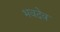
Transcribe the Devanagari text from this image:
भवदेव